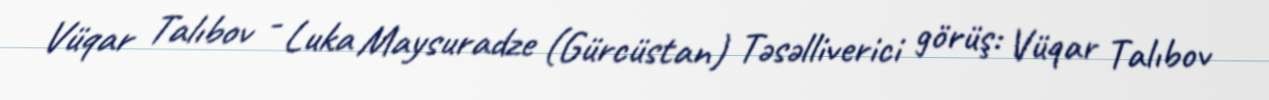
Vüqar Talıbov - Luka Maysuradze (Gürcüstan) Təsəlliverici görüş: Vüqar Talıbov